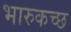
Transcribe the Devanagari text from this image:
भारुकच्छ